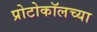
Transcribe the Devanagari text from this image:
प्रोटोकॉलच्या